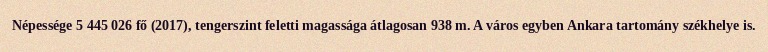
Népessége 5 445 026 fő (2017), tengerszint feletti magassága átlagosan 938 m. A város egyben Ankara tartomány székhelye is.